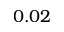
0 . 0 2